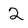
Character: 2